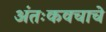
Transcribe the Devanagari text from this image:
अंतःकवचाचे